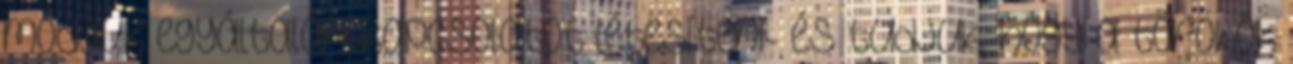
módjuk egyáltalán kapcsolatot létesíteni- és tudjuk, hogy a törökök